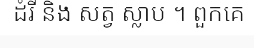
ដំរី និង សត្វ ស្លាប ។ ពួកគេ